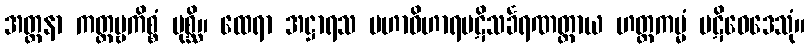
အတ္တနာ ကတ္တဗ္ဗကိစ္စံ ပုစ္ဆိ။ ထေရာ အဋ္ဌာရသ မဟာဝိဟာရပဋိသင်္ခရဏတ္ထာယ ဟတ္ထကမ္မံ ပဋိဝေဒေသုံ။